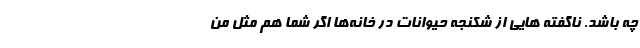
چه باشد. ناگفته ‌هایی از شکنجه حیوانات در خانه‌ها اگر شما هم مثل من